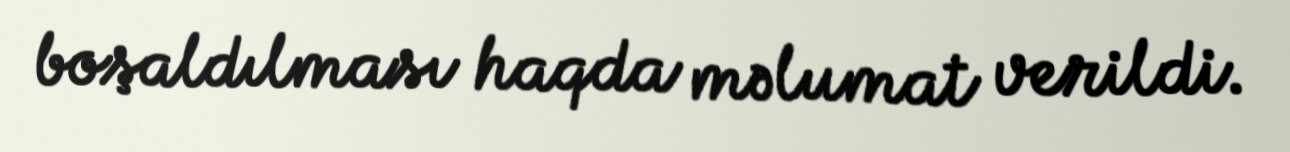
boşaldılması haqda məlumat verildi.